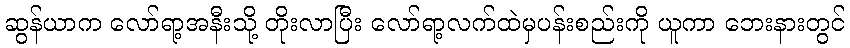
ဆွန်ယာက လော်ရာ့အနီးသို့ တိုးလာပြီး လော်ရာ့လက်ထဲမှပန်းစည်းကို ယူကာ ဘေးနားတွင်